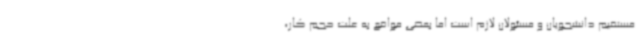
مستقیم دانشجویان و مسئولان لازم است اما بعضی مواقع به علت حجم کار،